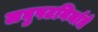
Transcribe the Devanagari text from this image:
लघुपटनिर्माते